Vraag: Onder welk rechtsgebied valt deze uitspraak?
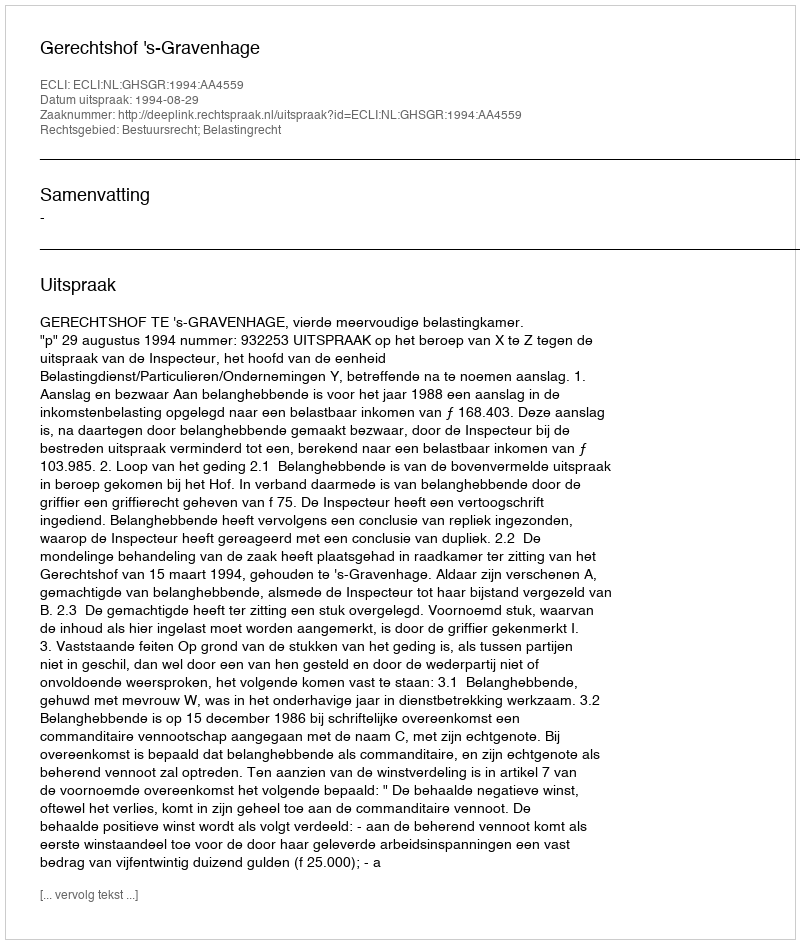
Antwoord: Bestuursrecht; Belastingrecht